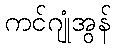
ကင်ဂျုံအွန်